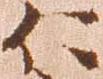
に